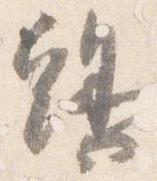
鶏